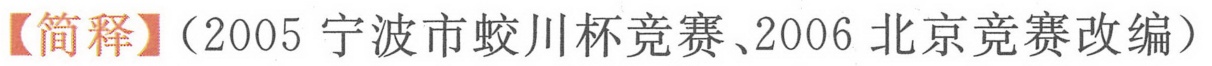
【简释】（2005 宁波市蛟川杯竞赛、2006 北京竞赛改编）